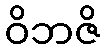
ဝိဘဇိ